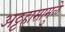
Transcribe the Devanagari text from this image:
अट्टहासामुळे